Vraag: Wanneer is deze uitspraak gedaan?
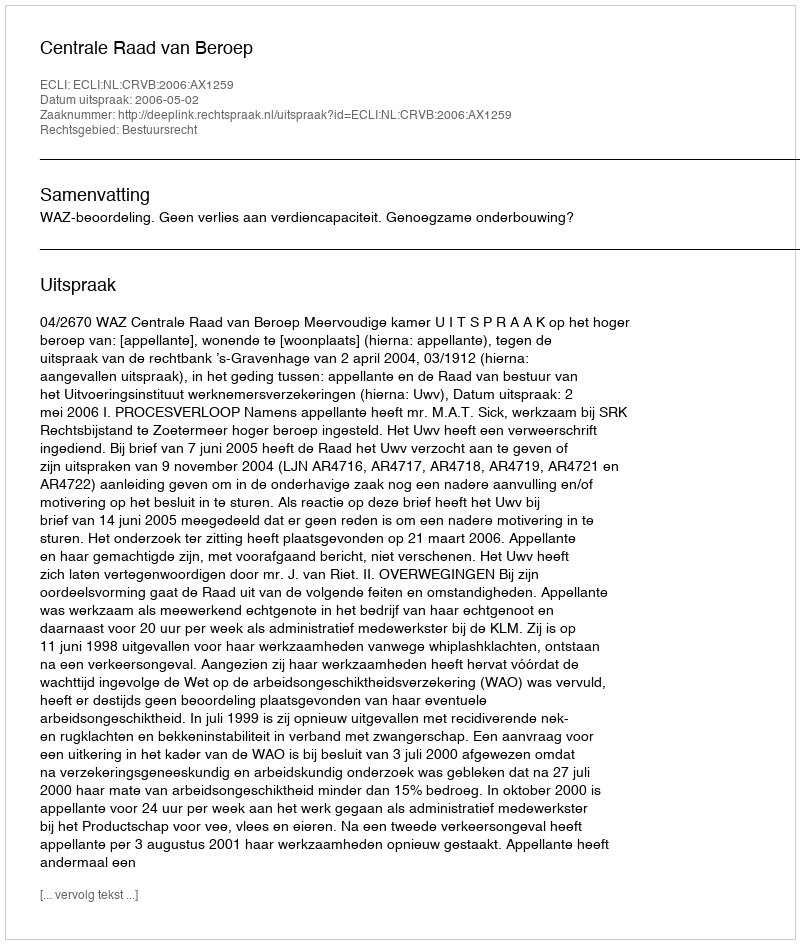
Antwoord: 2006-05-02